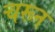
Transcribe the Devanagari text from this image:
चरून